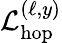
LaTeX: \mathcal{L}_{\mathrm{hop}}^{(\ell,y)}